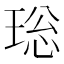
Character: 𤥼